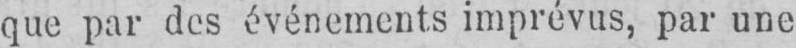
que par des événements imprévus, par une